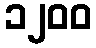
၁၂၀၀